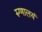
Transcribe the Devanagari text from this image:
रुग्णालयं